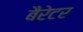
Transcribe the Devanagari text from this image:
बैरेटर